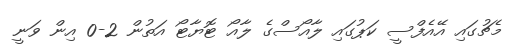
މެޗުގައި އޭއެފްސީ ކަޕުގައި ލާއޯސްގެ ލާއޯ ޓޮޔާޓޯ އަތުން 2-0 އިން ވަނީ